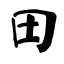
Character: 田